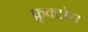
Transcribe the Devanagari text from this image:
फ्रूक्टोस